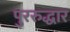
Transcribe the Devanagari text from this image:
पुररुद्धार